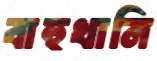
বাহুখানি